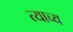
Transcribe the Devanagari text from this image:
त्याच्य